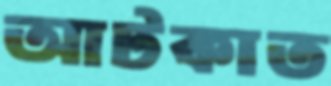
আটকাত